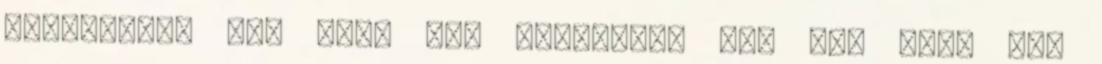
Egyszerűen nem kell meg rendesen, nem jön fel. Azt